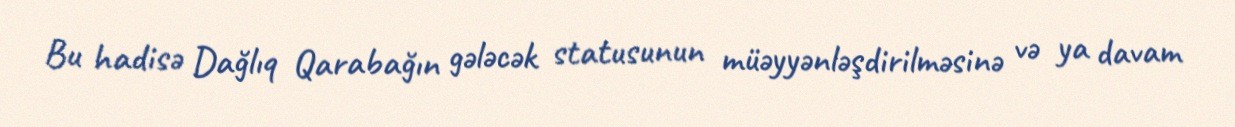
Bu hadisə Dağlıq Qarabağın gələcək statusunun müəyyənləşdirilməsinə və ya davam